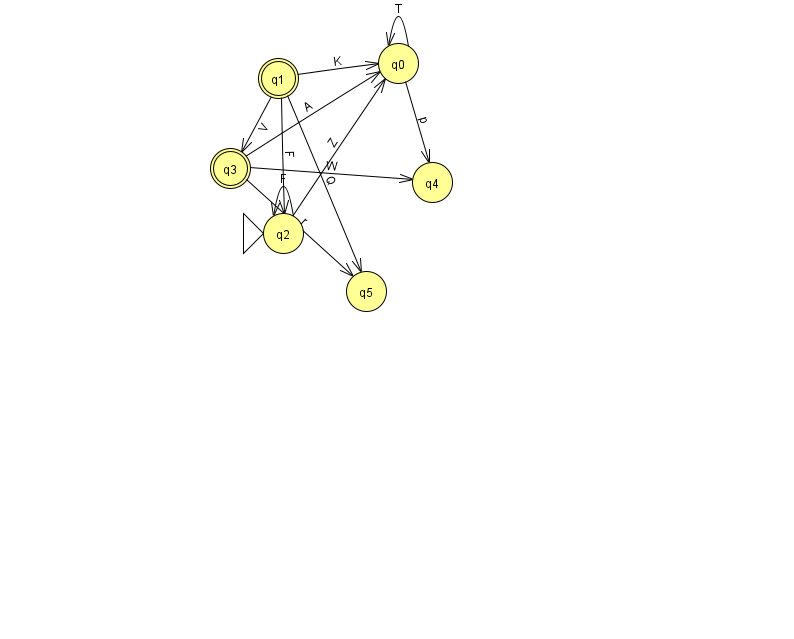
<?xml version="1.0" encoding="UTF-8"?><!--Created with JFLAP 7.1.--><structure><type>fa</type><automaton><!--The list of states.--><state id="0" name="q0"><x>398.0</x><y>50.0</y></state><state id="1" name="q1"><x>278.0</x><y>65.0</y><final/></state><state id="2" name="q2"><x>283.0</x><y>220.0</y><initial/></state><state id="3" name="q3"><x>230.0</x><y>155.0</y><final/></state><state id="4" name="q4"><x>432.0</x><y>169.0</y></state><state id="5" name="q5"><x>366.0</x><y>278.0</y></state><!--The list of transitions.--><transition><from>1</from><to>2</to><read>F</read></transition><transition><from>3</from><to>5</to><read>r</read></transition><transition><from>2</from><to>0</to><read>Z</read></transition><transition><from>0</from><to>0</to><read>T</read></transition><transition><from>1</from><to>0</to><read>K</read></transition><transition><from>2</from><to>2</to><read>F</read></transition><transition><from>3</from><to>0</to><read>A</read></transition><transition><from>1</from><to>5</to><read>Q</read></transition><transition><from>0</from><to>4</to><read>p</read></transition><transition><from>3</from><to>4</to><read>W</read></transition><transition><from>1</from><to>3</to><read>V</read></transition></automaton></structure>